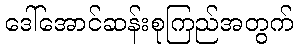
ဒေါ်အောင်ဆန်းစုကြည်အတွက်